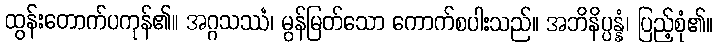
ထွန်းတောက်ပကုန်၏။ အဂ္ဂသဿံ၊ မွန်မြတ်သော ကောက်စပါးသည်။ အဘိနိပ္ပန္နံ၊ ပြည့်စုံ၏။